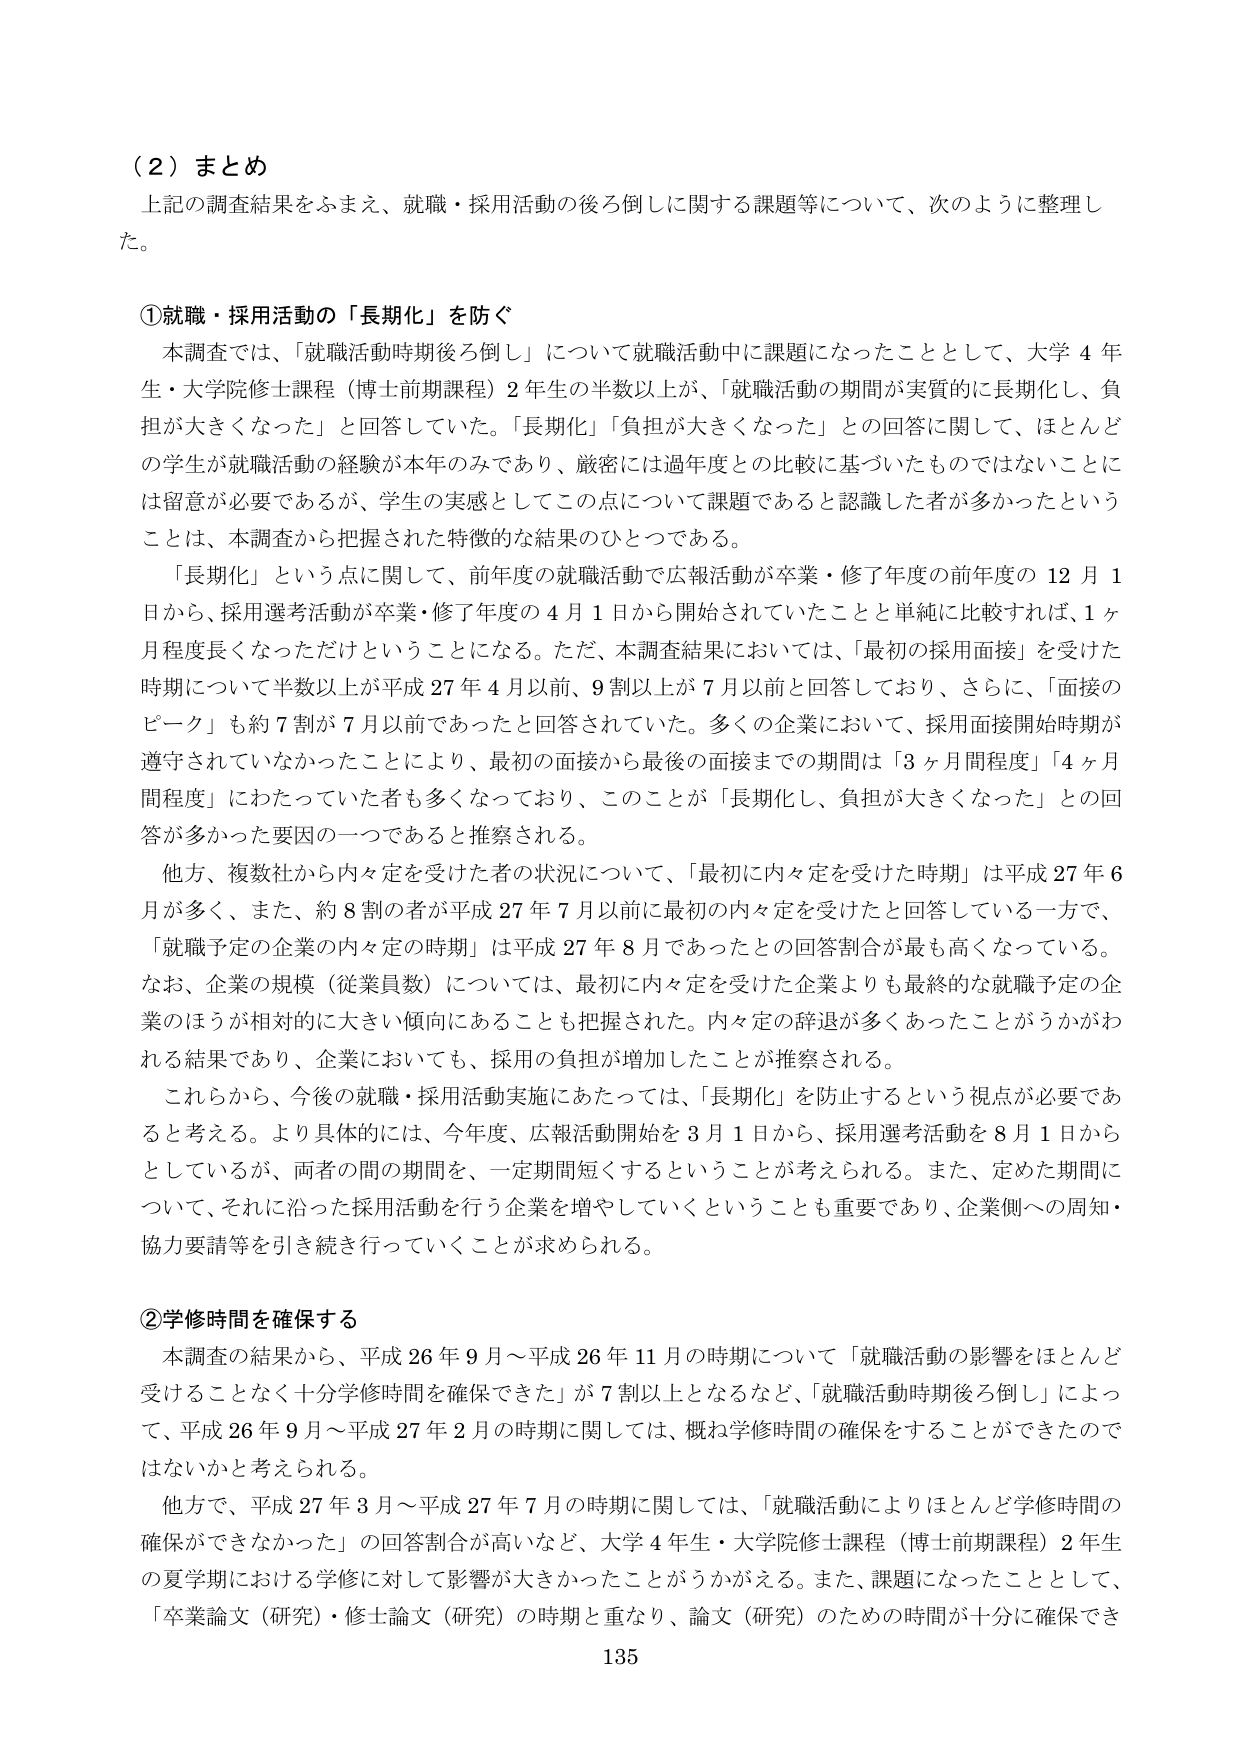
（２）まとめ
上記の調査結果をふまえ、就職・採用活動の後ろ倒しに関する課題等について、次のように整理した。

①就職・採用活動の「長期化」を防ぐ
本調査では、「就職活動時期後ろ倒し」について就職活動中に課題になったこととして、大学４年生・大学院修士課程（博士前期課程）２年生の半数以上が、「就職活動の期間が実質的に長期化し、負担が大きくなった」と回答していた。「長期化」「負担が大きくなった」との回答に関して、ほとんどの学生が就職活動の経験が本年のみであり、厳密には過年度との比較に基づいたものではないことに は留意が必要であるが、学生の実感としてこの点について課題であると認識した者が多かったということは、本調査から把握された特徴的な結果のひとつである。

「長期化」という点に関して、前年度の就職活動で広報活動が卒業・修了年度の前年度の12月1日から、採用選考活動が卒業・修了年度の4月1日から開始されていたことと単純に比較すれば、1ヶ月程度長くなっただけということになる。ただ、本調査結果においては、「最初の採用面接」を受けた時期について半数以上が平成27年4月以前、9割以上が7月以前と回答しており、さらに、「面接のピーク」も約7割が7月以前であったと回答されていた。多くの企業において、採用面接開始時期が遵守されていなかったことにより、最初の面接から最後の面接までの期間は「3ヶ月間程度」「4ヶ月間程度」にわたっていた者も多くなっており、このことが「長期化し、負担が大きくなった」との回答が多かった要因の一つであると推察される。

他方、複数社から内々定を受けた者の状況について、「最初に内々定を受けた時期」は平成27年6月が多く、また、約8割の者が平成27年7月以前に最初の内々定を受けたと回答している一方で、「就職予定の企業の内々定の時期」は平成27年8月であったとの回答割合が最も高くなっている。なお、企業の規模（従業員数）については、最初に内々定を受けた企業よりも最終的な就職予定の企業のほうが相対的に大きい傾向にあることも把握された。内々定の辞退が多くあったことがうかがわれる結果であり、企業においても、採用の負担が増加したことが推察される。

これらから、今後の就職・採用活動実施にあたっては、「長期化」を防止するという視点が必要であると考える。より具体的には、今年度、広報活動開始を3月1日から、採用選考活動を8月1日からとしているが、両者の間の期間を、一定期間短くするということが考えられる。また、定めた期間について、それに沿った採用活動を行う企業を増やしていくということも重要であり、企業側への周知・協力要請等を引き続き行っていくことが求められる。

②学修時間を確保する
本調査の結果から、平成26年9月～平成26年11月の時期について「就職活動の影響をほとんど受けることなく十分学修時間を確保できた」が7割以上となるなど、「就職活動時期後ろ倒し」によって、平成26年9月～平成27年2月の時期に関しては、概ね学修時間の確保をすることができたのではないかと考えられる。

他方で、平成27年3月～平成27年7月の時期に関しては、「就職活動によりほとんど学修時間の確保ができなかった」の回答割合が高いなど、大学４年生・大学院修士課程（博士前期課程）２年生の夏季期における学修に対して影響が大きかったことがうかがえる。また、課題になったこととして、「卒業論文（研究）・修士論文（研究）の時期と重なり、論文（研究）のための時間が十分に確保でき

135